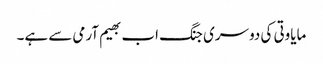
مایاوتی کی دوسری جنگ اب بھیم آرمی سے ہے۔